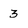
Character: 3